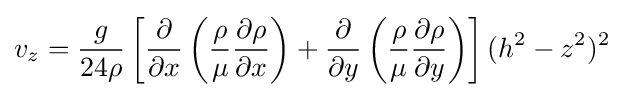
v_{z}={\frac {g}{24\rho }}\left[{\frac {\partial }{\partial x}}\left({\frac {\rho }{\mu }}{\frac {\partial \rho }{\partial x}}\right)+{\frac {\partial }{\partial y}}\left({\frac {\rho }{\mu }}{\frac {\partial \rho }{\partial y}}\right)\right](h^{2}-z^{2})^{2}